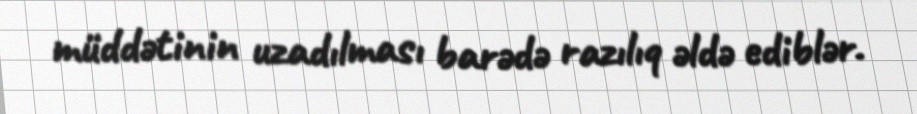
müddətinin uzadılması barədə razılıq əldə ediblər.